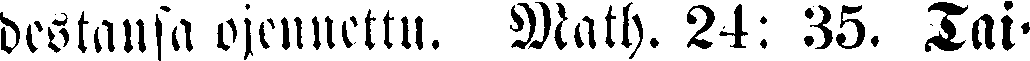
destansa ojennettu. Math. 24: 35. Tai-